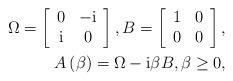
LaTeX: \begin{align*}\Omega=\left[\begin{array}[c]{cc}0 & -\mathrm{i}\\\mathrm{i} & 0\end{array}\right] ,B=\left[\begin{array}[c]{cc}1 & 0\\0 & 0\end{array}\right] ,\\A\left( \beta\right) =\Omega-\mathrm{i}\beta B,\beta\geq0,\end{align*}